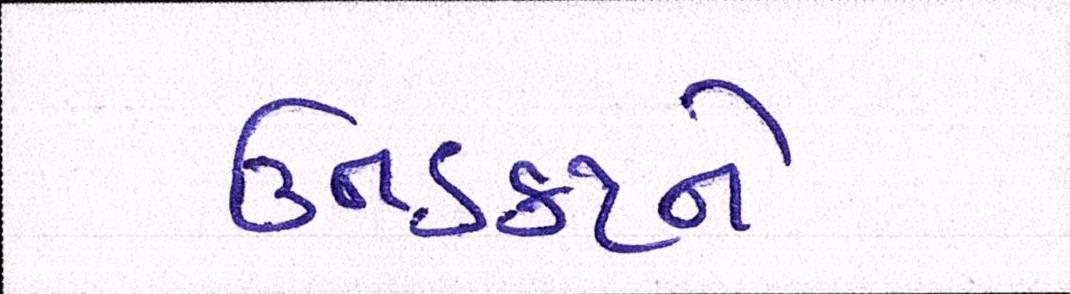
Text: ઉનડકટને